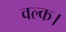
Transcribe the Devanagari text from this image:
वल्क।